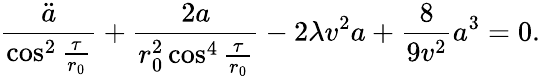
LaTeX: \frac{\ddot{a}}{\cos^{2}{\frac{\tau}{r_{0}}}}+\frac{2a}{r_{0}^{2}\cos^{4}{\frac{\tau}{r_{0}}}}-2\lambda v^{2}a+\frac{8}{9v^{2}}a^{3}=0.